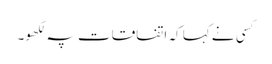
کسی نے کہا کہ اتفاقات پہ لکھو۔